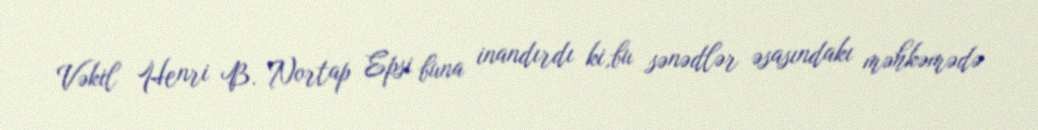
Vəkil Henri B. Nortap Epsi buna inandırdı ki,bu sənədlər əsasındakı məhkəmədə